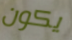
يكون